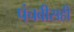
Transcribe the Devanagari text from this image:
पंचवीसही